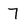
Character: 7